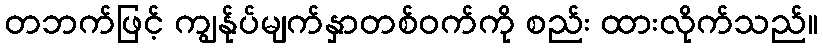
တဘက်ဖြင့် ကျွန်ုပ်မျက်နှာတစ်ဝက်ကို စည်း ထားလိုက်သည်။